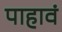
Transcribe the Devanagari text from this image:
पाहावं